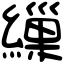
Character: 繅